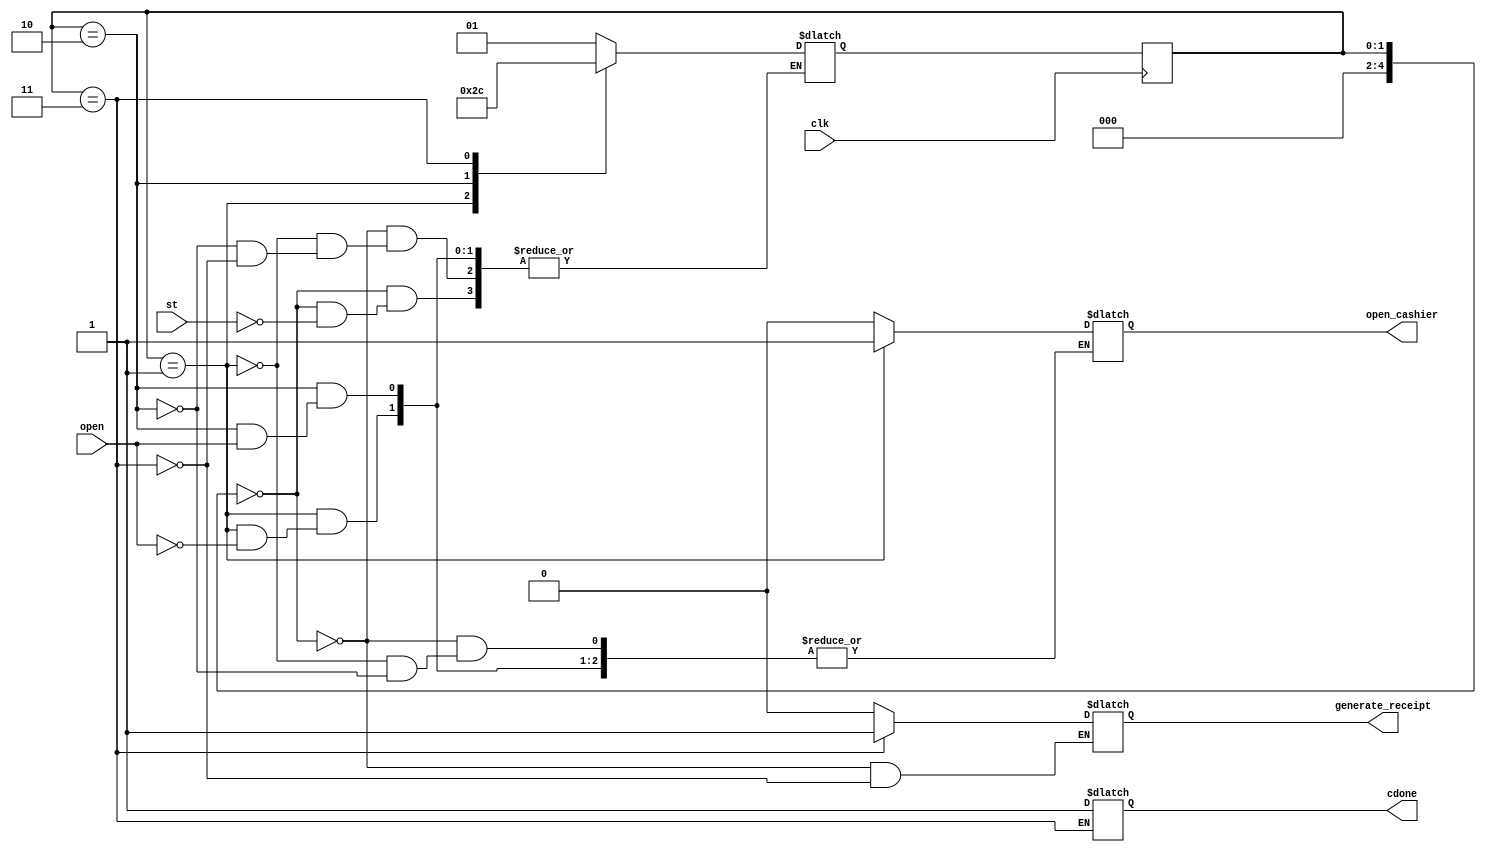
module cashier(st, open, clk, open_cashier, generate_receipt, cdone);

	input st, clk;
	input open;

	output reg open_cashier, generate_receipt;
	output reg cdone;
	reg [4:0] state, nextstate;
	reg [31:0] ram;

	initial begin
		
		state=0;
		nextstate=0;
		open_cashier = 0;
		generate_receipt = 0;

	end
	always@(state, open, st)begin
		case(state)
			0:begin
				generate_receipt=1'b0;
				open_cashier = 0;
				if(st==1'b1)				
					nextstate=1;
			end
			1:begin
				if(open==1'b1) begin
					open_cashier = 1'b1;
					nextstate = 2;					
				end
			end
			2:begin
				if(open==1'b0) begin
					open_cashier = 1'b0;
					nextstate = 3;
				end
			end
			3:begin
				generate_receipt = 1'b1;
				cdone = 1'b1;
				nextstate = 0;
			end
		endcase
	end
	always@(posedge clk) begin
		state<=nextstate;
	end


endmodule